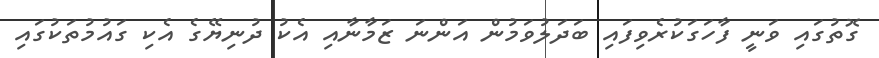
ގޮތުގައި ވަނީ ފާހަގަކުރެވިފައި ބަދަލުވަމުން އަންނަ ޒަމާނާއި އެކު ދުނިޔޭގެ އެކި ގައުމުތަކުގައި